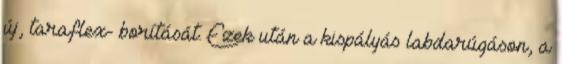
új, taraflex- borítását. Ezek után a kispályás labdarúgáson, a